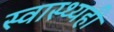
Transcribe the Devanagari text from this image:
स्वास्थ्यही